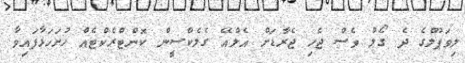
ލިވަޕޫލްގެ ދެ ގޯލު ވެސް ޖެހި ޖެރާޑަށް އެލްއޭ ގެލެކްސީން ކޮންޓްރެކްޓެއް ހުށަހަޅާފައިވާ